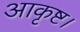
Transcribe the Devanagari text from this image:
आकृष्ट।